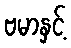
ဗမာနှင့်